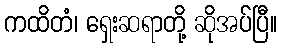
ကထိတံ၊ ရှေးဆရာတို့ ဆိုအပ်ပြီ။